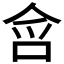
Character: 𭇥